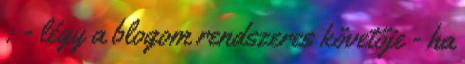
: - légy a blogom rendszeres követője - ha